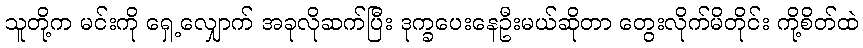
သူတို့က မင်းကို ရှေ့လျှောက် အခုလိုဆက်ပြီး ဒုက္ခပေးနေဦးမယ်ဆိုတာ တွေးလိုက်မိတိုင်း ကို့စိတ်ထဲ